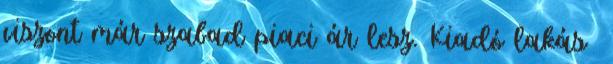
viszont már szabad piaci ár lesz. Kiadó lakás